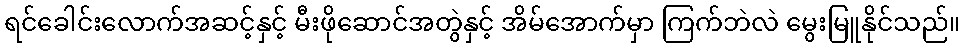
ရင်ခေါင်းလောက်အဆင့်နှင့် မီးဖိုဆောင်အတွဲနှင့် အိမ်အောက်မှာ ကြက်ဘဲလဲ မွေးမြူနိုင်သည်။